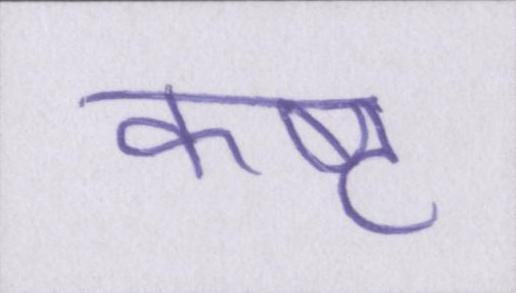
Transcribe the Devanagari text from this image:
कष्ट